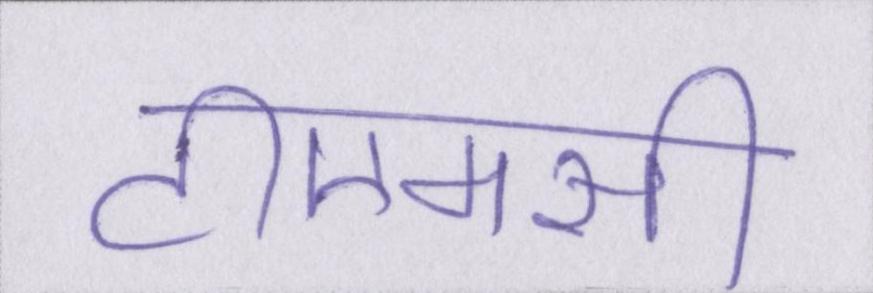
टीएमसी